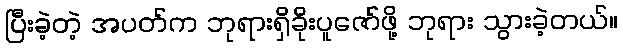
ပြီးခဲ့တဲ့ အပတ်က ဘုရားရှိခိုးပူဇော်ဖို့ ဘုရား သွားခဲ့တယ်။